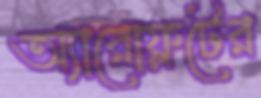
অ্যারোফ্লটের